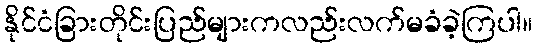
နိုင်ငံခြားတိုင်းပြည်များကလည်းလက်မခံခဲ့ကြပါ။